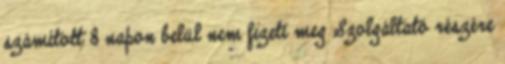
számított 8 napon belül nem fizeti meg Szolgáltató részére